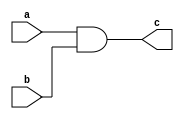
`timescale 1ns / 1ps
//////////////////////////////////////////////////////////////////////////////////
// Company: 
// Engineer: 
// 
// Design Name: 
// Module Name:    debug1 
// Project Name: 
// Target Devices: 
// Tool versions: 
// Description: 
//
// Dependencies: 
//
// Revision: 
// Revision 0.01 - File Created
// Additional Comments: 
//
//////////////////////////////////////////////////////////////////////////////////
module debug1(
    input a,
    input b,
    output reg c
    );

	 always @(a or b)begin
		c = a&b;
	 end

endmodule